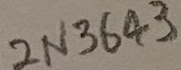
Text: 2N3643